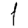
Digit: 1